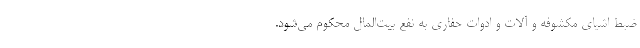
ضبط اشیای مکشوفه و آلات و ادوات حفاری به نفع بیت‌المال محکوم می‌شود.